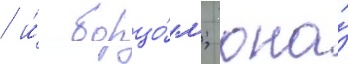
/ и́ борцо́м; она́